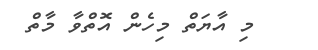
މި އާޔަތް މިހެން އޮތްވާ މާތް